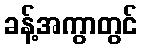
ခန့်အကွာတွင်